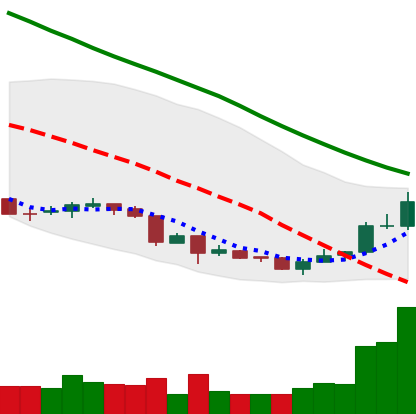
Ticker: NEO-USD
Chart end date: 2018-07-04
Forward return: -8.714%
Label: down_7plus